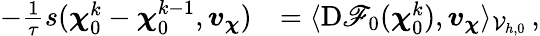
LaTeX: \begin{array}{rl}{-\frac{1}{\tau}s(\boldsymbol{\chi}_{0}^{k}-\boldsymbol{\chi}_{0}^{k-1},\boldsymbol{v}_{\boldsymbol{\chi}})}&{=\langle\mathrm{D}\mathscr{F}_{0}(\boldsymbol{\chi}_{0}^{k}),\boldsymbol{v}_{\boldsymbol{\chi}}\rangle_{\mathcal{V}_{h,0}}\, ,}\end{array}